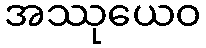
အဿုယေဝ